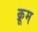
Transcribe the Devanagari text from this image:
क्रूम